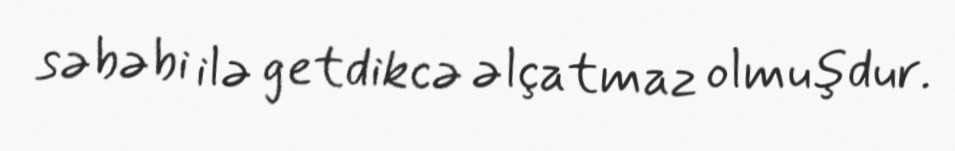
səbəbi ilə getdikcə əlçatmaz olmuşdur.